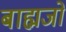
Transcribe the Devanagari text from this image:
बाह्मजों